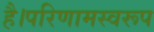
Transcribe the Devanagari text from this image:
है।परिणामस्वरूप